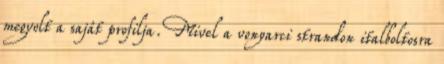
megvolt a saját profilja. Mivel a vonyarci strandon italboltosra